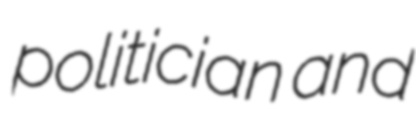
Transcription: politician and